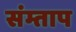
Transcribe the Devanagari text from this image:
संम्ताप